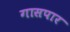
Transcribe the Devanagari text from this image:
गासपार